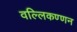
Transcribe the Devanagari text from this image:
वल्लिकण्णन